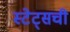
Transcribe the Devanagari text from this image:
स्टेट्सची